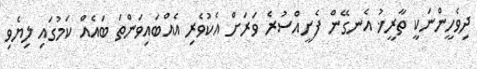
ދިވެހީންނަކީ ތާރީޚު އެނގޭން ފެށީއްސުރެ ވަރަށް އެކުވެރި އެއްބައިވަންތަ ބައެއް ކަމުގައި ލިޔެވި